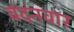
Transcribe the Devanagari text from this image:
वंदनवार